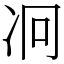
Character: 𠖷